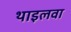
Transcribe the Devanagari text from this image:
थाइलवा